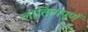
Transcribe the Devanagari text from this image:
लातित्यपूर्ण